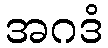
အဂဒံ